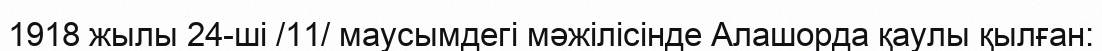
1918 жылы 24-ші /11/ маусымдегі мәжілісінде Алашорда қаулы қылған: